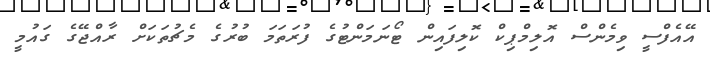
އޭއެފްސީ ވިމެންސް އޮލިމްޕިކް ކޮލިފައިން ޓޯނަމަންޓުގެ ފުރަތަމަ ބުރުގެ މެޗުތަކަށް ރާއްޖޭގެ ގައުމީ